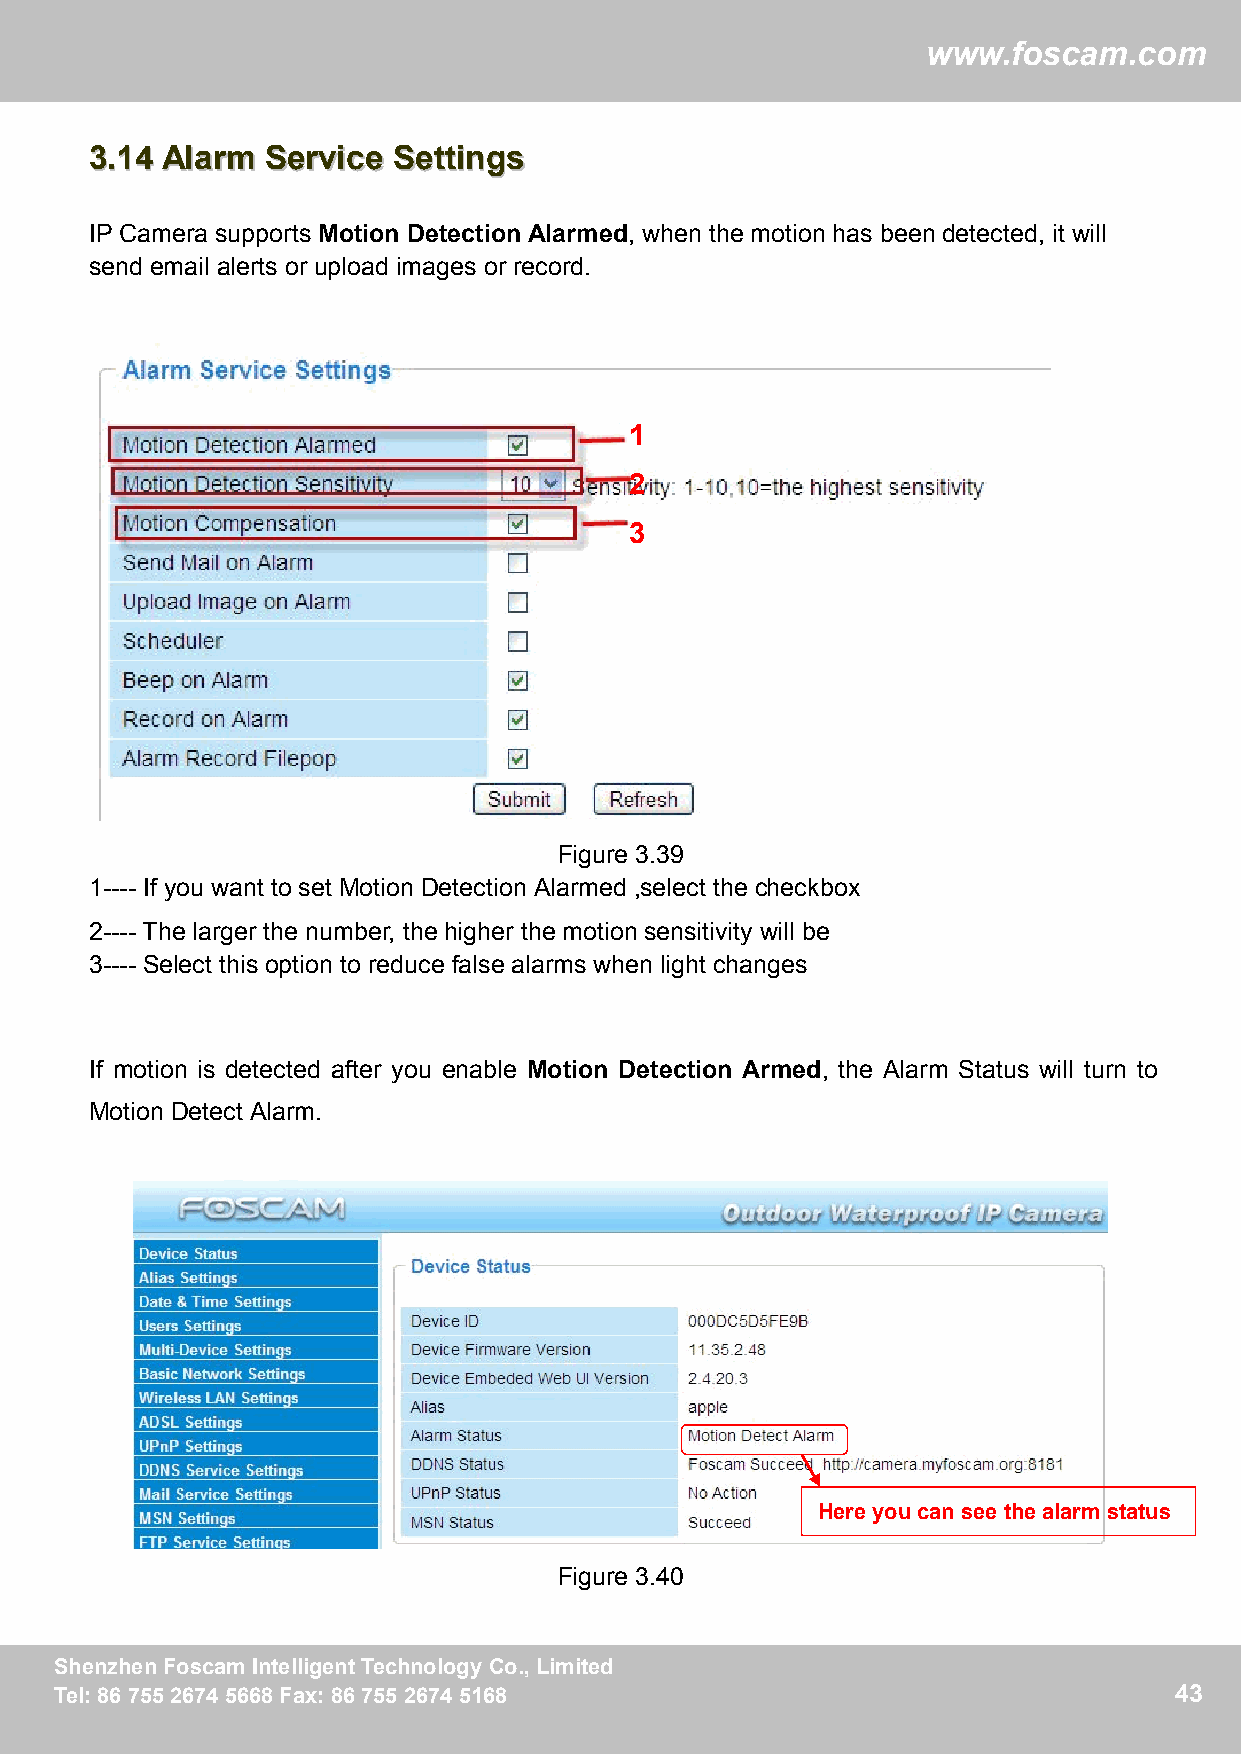
ww
 wwwwww..ffoossccaamm..ccoomm
 33..1144 AAllaarrmm SSeerrvviiccee SSeettttiinnggss
 IP Camera supports Motion Detection Alarmed, when the motion has been detected, it will
 send email alerts or upload images or record.
 1
 2
 3
 Figure 3.39
 1---- If you want to set Motion Detection Alarmed ,select the checkbox
 2---- The larger the number, the higher the motion sensitivity will be
 3---- Select this option to reduce false alarms when light changes
 If motion is detected after you enable Motion Detection Armed, the Alarm Status will turn to
 Motion Detect Alarm.
 Here youcan see thealarm status
 Figure 3.40
 SShheennzzhheennFFoossccaammIInntteelllliiggeennttTTeecchhnnoollooggyyCCoo..,,LLiimmiitteedd 43
 TTeell::88667755552266774455666688FFaaxx::88667755552266774455116688      43